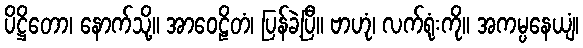
ပိဋ္ဌိတော၊ နောက်သို့။ အာဝေဠိတံ၊ ပြန်ခဲ့ပြီ။ ဗာဟုံ၊ လက်ရုံးကို။ အကမ္ပနေယျံ၊